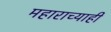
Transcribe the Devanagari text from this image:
महाराच्याही